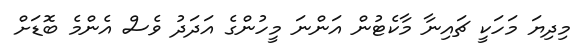
މިދިޔަ މަހަކީ ޗައިނާ މާކެޓުން އަންނަ މީހުންގެ އަދަދު ވެސް އެންމެ ބޮޑަށް